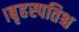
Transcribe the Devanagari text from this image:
।बृहस्पतिश्च